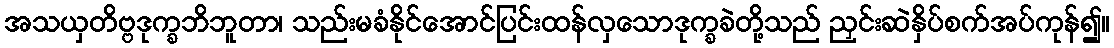
အသယှတိဗ္ဗဒုက္ခဘိဘူတာ၊ သည်းမခံနိုင်အောင်ပြင်းထန်လှသောဒုက္ခခဲတို့သည် ညှင်းဆဲနှိပ်စက်အပ်ကုန်၍။